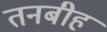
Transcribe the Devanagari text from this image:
तनबीह